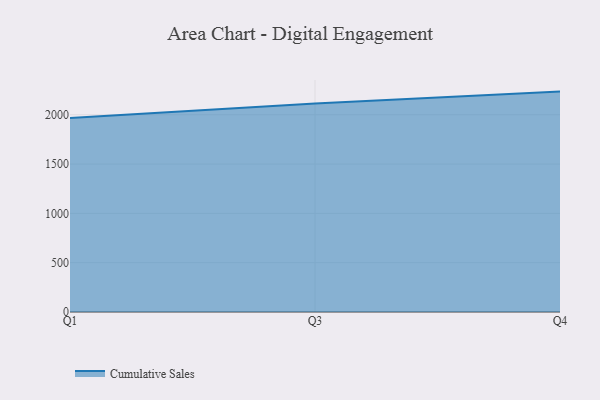
{"axis": {"x": "Quarter", "y": "Production Output"}, "legend": ["Cumulative Sales"], "data": [{"x": "Q1", "y": 1966.2, "type": "Cumulative Sales"}, {"x": "Q3", "y": 2112.9, "type": "Cumulative Sales"}, {"x": "Q4", "y": 2234.6, "type": "Cumulative Sales"}]}